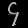
Digit: ၄